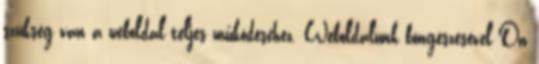
szükség van a weboldal teljes működéséhez. Weboldalunk böngészésével Ön